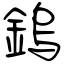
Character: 鎢